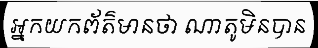
អ្នកយកព័ត៌មានថា ណាតូមិនបាន